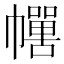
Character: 𱜻